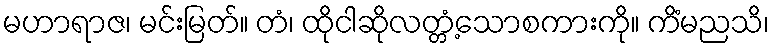
မဟာရာဇ၊ မင်းမြတ်။ တံ၊ ထိုငါဆိုလတ္တံ့သောစကားကို။ ကိံမညသိ၊